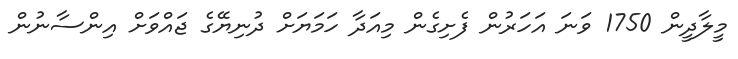
މީލާދީން 1750 ވަނަ އަހަރުން ފެށިގެން މިއަދާ ހަމަޔަށް ދުނިޔޭގެ ޖައްވަށް އިންސާނުން